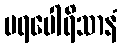
ပရပေါရိသာနံ